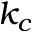
k _ { c }